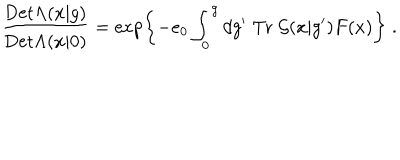
\frac { \mathrm { D e t } \Lambda ( x | g ) } { \mathrm { D e t } \Lambda ( x | 0 ) } = \exp \left\{ - e _ { 0 } \int _ { 0 } ^ { g } d g ^ { \prime } \; \mathrm { T r } \; { \cal G } ( x | g ^ { \prime } ) F ( x ) \right\} \; .